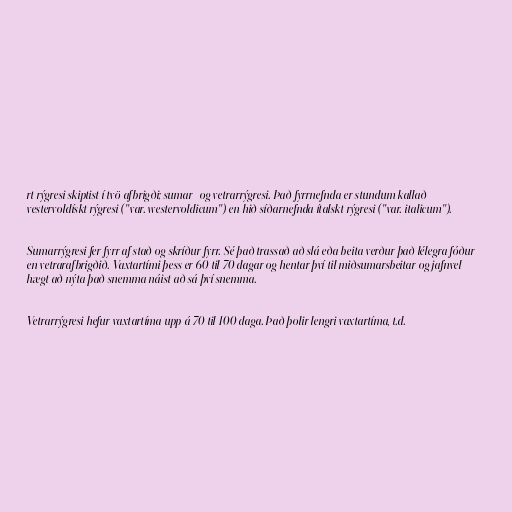
rt rýgresi skiptist í tvö afbrigði; sumar- og vetrarrýgresi. Það fyrrnefnda er stundum kallað
vestervoldískt rýgresi ("var. westervoldicum") en hið síðarnefnda ítalskt rýgresi ("var. italicum").

Sumarrýgresi fer fyrr af stað og skríður fyrr. Sé það trassað að slá eða beita verður það lélegra fóður
en vetrarafbrigðið. Vaxtartími þess er 60 til 70 dagar og hentar því til miðsumarsbeitar og jafnvel
hægt að nýta það snemma náist að sá því snemma.

Vetrarrýgresi hefur vaxtartíma upp á 70 til 100 daga. Það þolir lengri vaxtartíma, t.d.